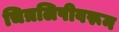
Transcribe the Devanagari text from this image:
चित्रलिपीवरून